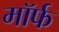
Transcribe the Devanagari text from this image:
मॉर्फ